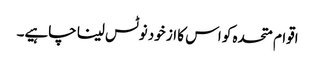
اقوام متحدہ کو اس کا از خود نوٹس لینا چاہیے۔